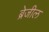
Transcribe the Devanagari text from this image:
ब्रेजील